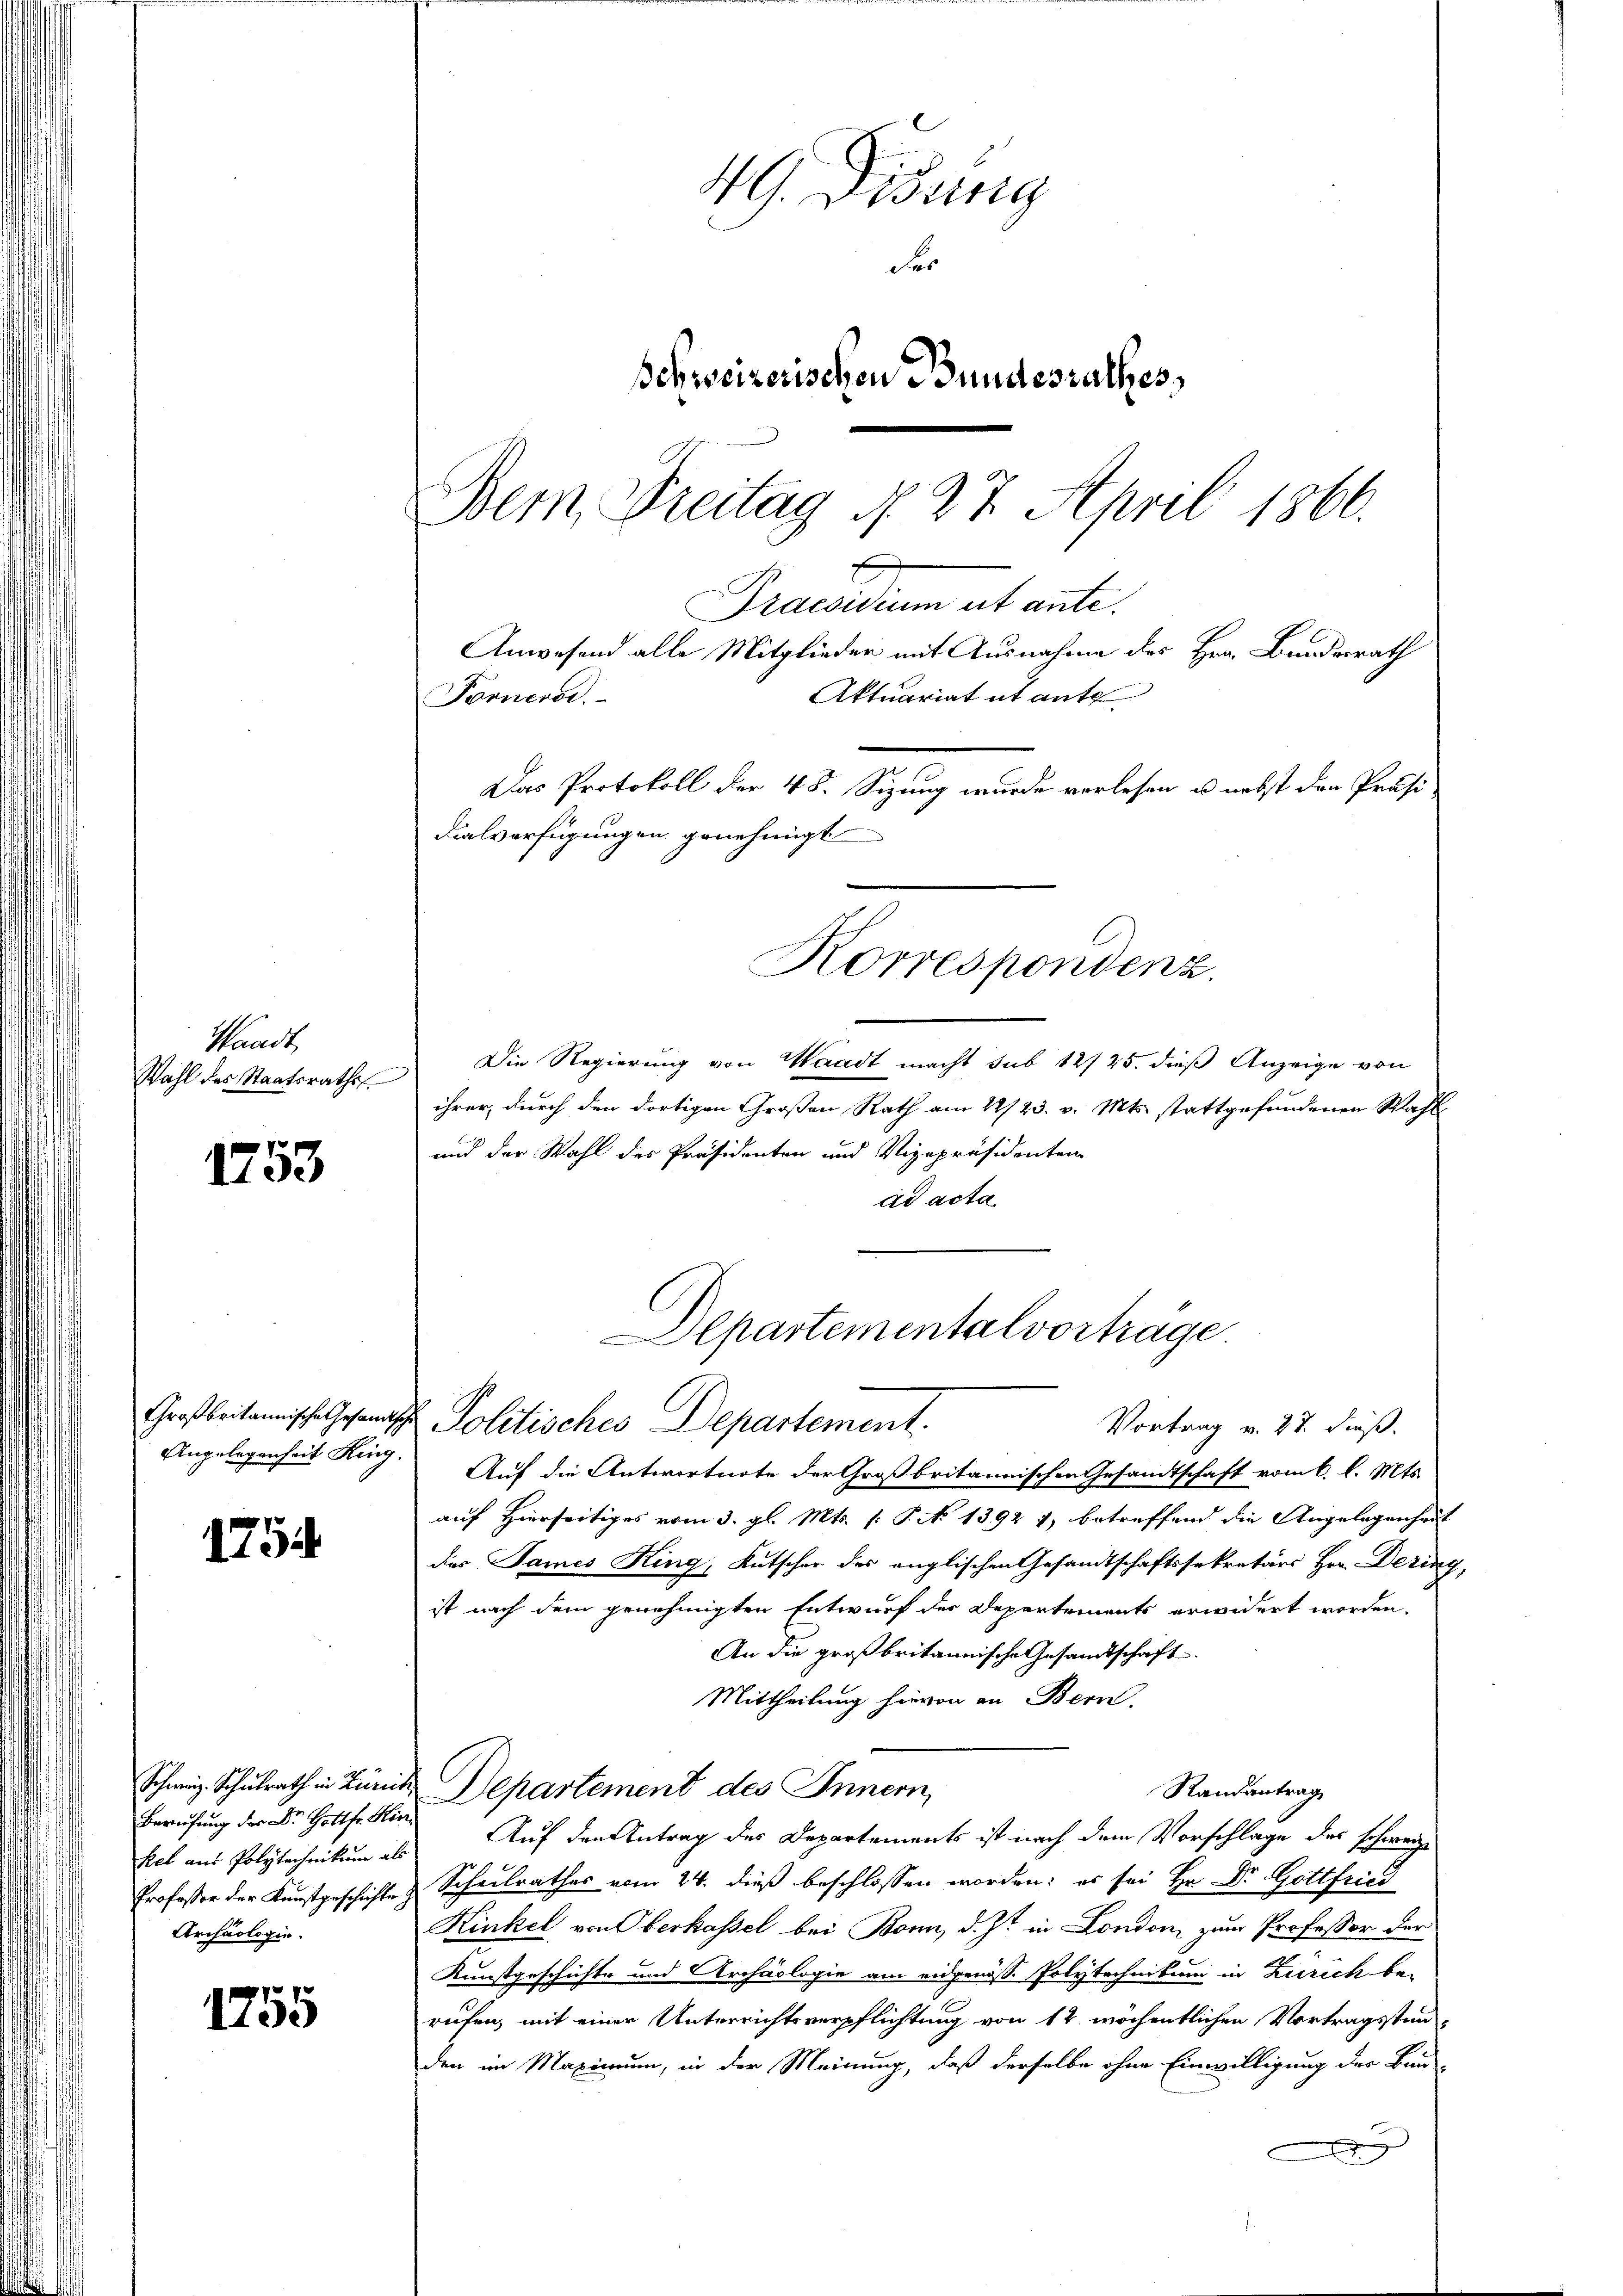
Waadt,
Wahl des Staatsrathes

1753

1754

Berufung der Dr. Hottfr. Hin¬
Archäologie.

1755

G. Disung
der
schweizerischen Bundesrathes,
Dem Freitag N. 27. April 1866.
E
Praesidium et ante.
Anwesend alle Mitglieder mit Ausnahme des Hrn. Bundesrath
Aktuariat it ante
Pönnerse
Das Protokoll der 48. Sizung wurde verlesen u. nebst den Präsi-
Dialverfügungen genehmigt

Die Regierung von Waadt macht sub 14/25. dieß Anzeige von
n
ihrer, durch den dortigen Großen Rath am 22/23. v. Mts. stattgefundenen Wahl
und der Wahl des Präsidenten und Vizepräsidenten
ad acta

Korrespondenz.

Großbritannische Gesandtsche Politisches Departement.
Angelegenheit King. Auf die Antwortnote der Großbritannischen Gesandtschaft vom 6. l. Mts.
auf Hierseitiges vom 3. gl. Mts. [: P. No 1392 1, betreffend die Angelegenheit
das Sames King, Kutscher des englischen Gesandtschaftssekretärs Hrn. Dering,
ist nach dem genehmigten Entwurf der Departements erwidert worden.
An die großbritannische Gesandtschaft
Mittheilung hievon an Bern.
Schweiz. Schulrath in Zürich Departement des Innern,
Randantrag
fect aus Polytechnikum als Auf den Antrag des Departements ist nach dem Vorschlage des schweize
Professor der Kunstgeschichte & Scheulrathes vom 24. dieß beschlossen worden; es sei Hr. Dr. Gottfried
Kinkel von Oberkassel bei Bonn, d. Jst in London zum Professor der
Kunstgeschichte und Archäologie am eidgenöss. Polytechnikum in Zürich be-
ruten, mit einer Unterrichtsverpflichtung von 12 wöchentlichen Vortragsstun-
den im Maximum, in der Meinung, daß derselbe ohne Einwilligung des Bun-

Alpartementalvorträge.
Vortrag v. 27. dieß.